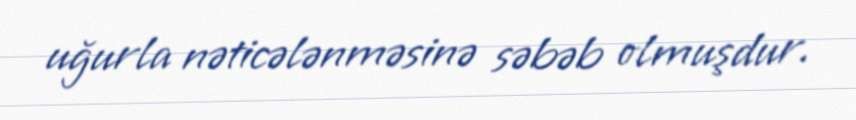
uğurla nəticələnməsinə səbəb olmuşdur.